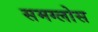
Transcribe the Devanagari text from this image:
समग्लोस